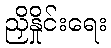
ညှိနှိုင်းရေး